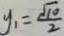
y _ { 1 } = \frac { \sqrt { 1 0 } } { 2 }